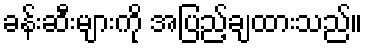
ခန်းဆီးများကို အပြည့်ချထားသည်။